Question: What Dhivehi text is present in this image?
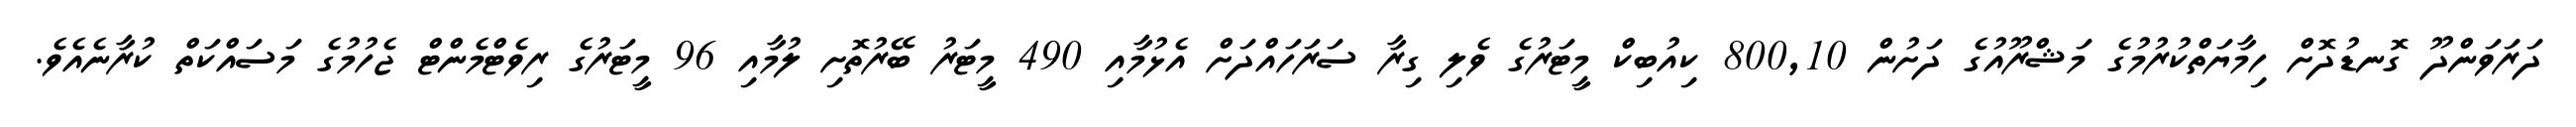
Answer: ދަރަވަންދޫ ގޮނޑުދޮށް ހިމާޔަތްކުރުމުގެ މަޝްރޫއުގެ ދަށުން 800,10 ކިއުބިކް މީޓަރުގެ ވެލި ގިރާ ސަރަހައްދަށް އެޅުމާއި 490 މީޓަރު ބޭރުތޮށި ލުމާއި 96 މީޓަރުގެ ރިވެޓްމެންޓް ޖެހުމުގެ މަސައްކަތް ކުރާނެއެވެ.